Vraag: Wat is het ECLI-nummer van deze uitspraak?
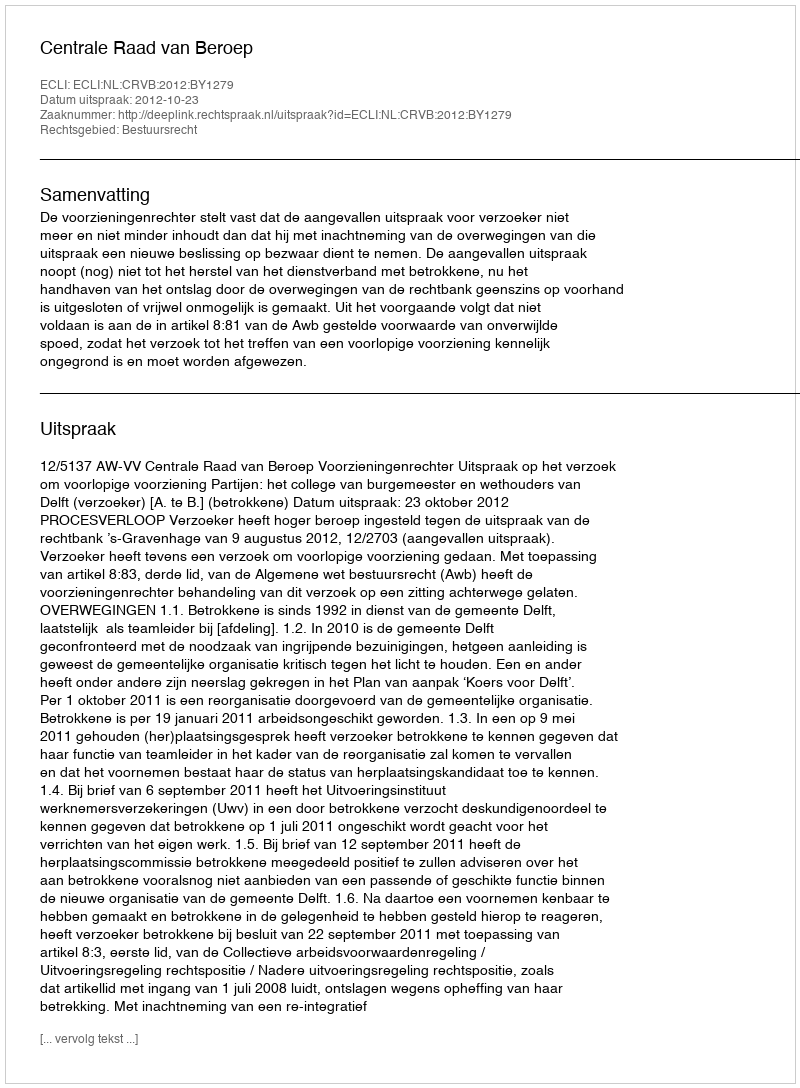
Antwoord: ECLI:NL:CRVB:2012:BY1279